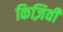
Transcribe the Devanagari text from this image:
किज़िवी